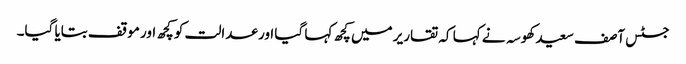
جسٹس آصف سعید کھوسہ نے کہا کہ تقاریر میں کچھ کہا گیا اور عدالت کو کچھ اور موقف بتایا گیا۔